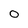
Character: 0